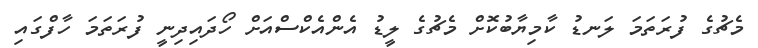
މެޗުގެ ފުރަތަމަ ލަނޑު ކާމިޔާބުކޮށް މެޗުގެ ލީޑު އެންއެކްސްއަށް ހޯދައިދިނީ ފުރަތަމަ ހާފްގައި